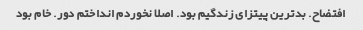
افتضاح. بدترین پیتزای زندگیم بود. اصلا نخوردم انداختم دور. خام بود